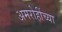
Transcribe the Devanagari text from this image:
अमरोहींच्या